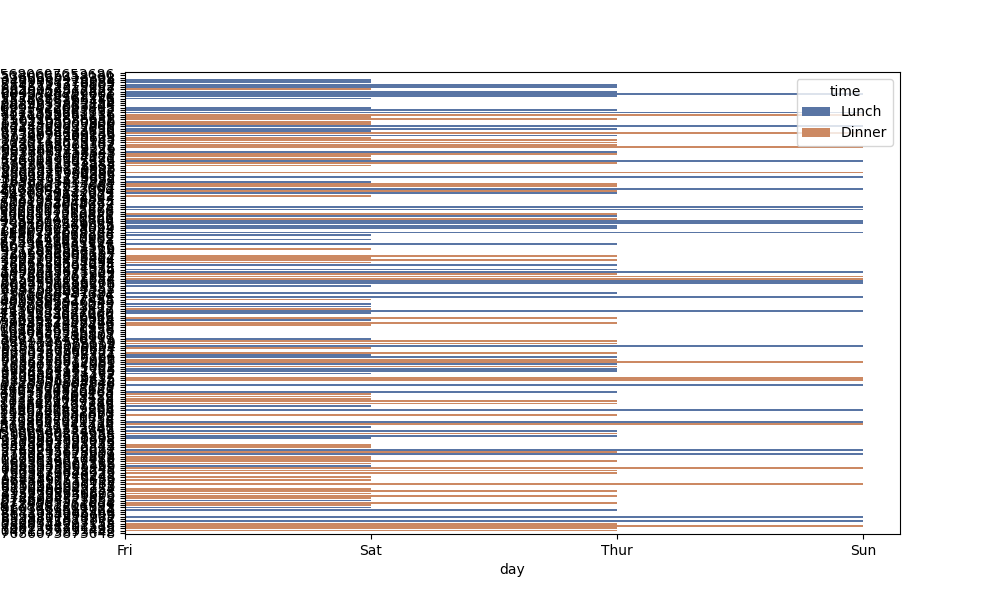
python, seaborn, barplot, hue='time', palette='deep', ci=95, orient='h'